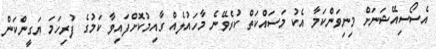
އެސޯސިއޭޝަނަށް މިނިވަންކަމާ އެކު މަސައްކަތް ކުރެވޭނެ މާހައުލެއް ގާއިމުކޮށްފައިވާ ކަމުގެ ފުރިހަމަ ޔަގީންކަން